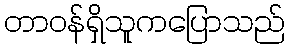
တာဝန်ရှိသူကပြောသည်